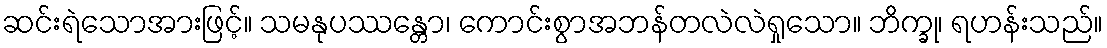
ဆင်းရဲသောအားဖြင့်။ သမနုပဿန္တော၊ ကောင်းစွာအဘန်တလဲလဲရှုသော။ ဘိက္ခု၊ ရဟန်းသည်။